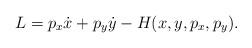
\begin{align*}L = p_x \dot x + p_y \dot y - H(x,y,p_x,p_y).\end{align*}